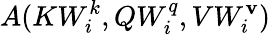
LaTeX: A(KW_{i}^{k},QW_{i}^{q},VW_{i}^{\mathbf{v}})